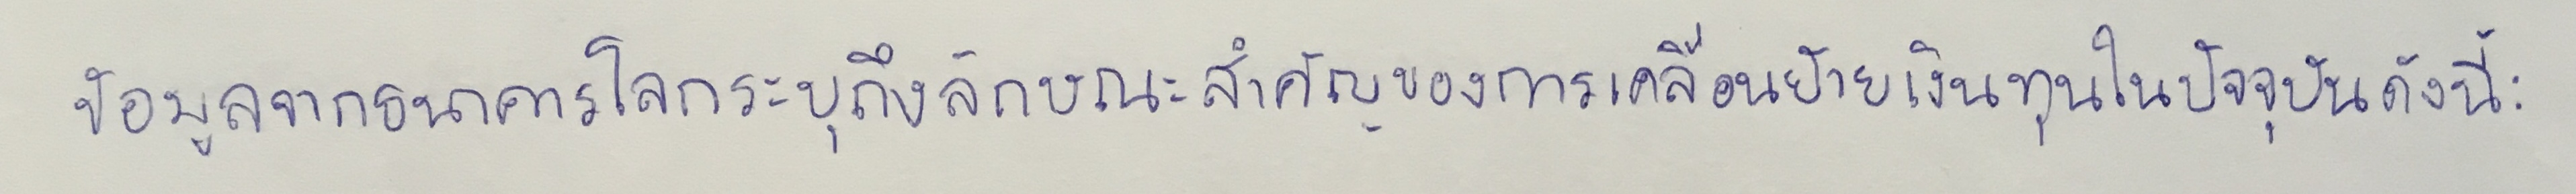
ข้อมูลจากธนาคารโลกระบุถึงลักษณะสำคัญของการเคลื่อนย้ายเงินทุนในปัจจุบันดังนี้: